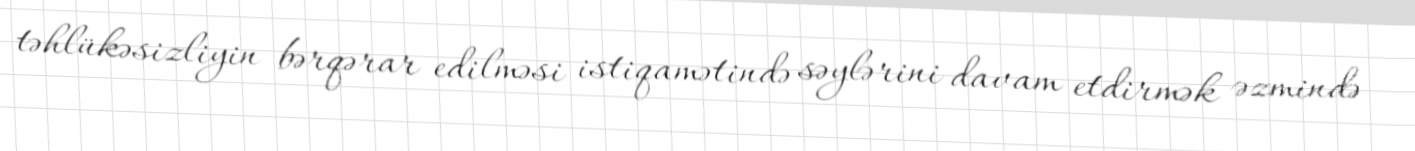
təhlükəsizliyin bərqərar edilməsi istiqamətində səylərini davam etdirmək əzmində